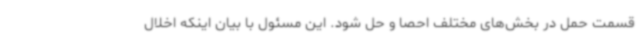
قسمت حمل در بخش‌های مختلف احصا و حل شود. این مسئول با بیان اینکه اخلال